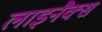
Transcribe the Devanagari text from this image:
लाइनैक्स